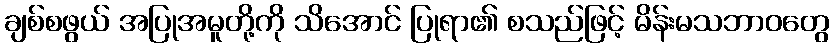
ချစ်စဖွယ် အပြုအမူတို့ကို သိအောင် ပြုရာ၏ စသည်ဖြင့် မိန်းမသဘာဝတွေ